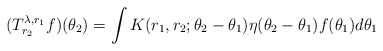
\begin{align*}(T^{\lambda,r_1}_{r_2}f)(\theta_2) = \int K(r_1,r_2;\theta_2-\theta_1)\eta(\theta_2-\theta_1)f(\theta_1)d\theta_1\end{align*}